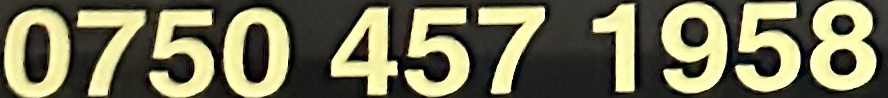
0750 457 1958